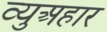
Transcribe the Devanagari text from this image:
व्युअहार